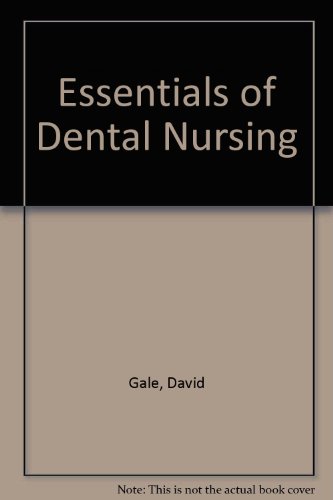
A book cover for Essentials of Dental Nursing; David Gale; Medical Books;